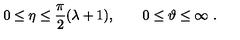
0 \le \eta \le \frac { \pi } { 2 } ( \lambda + 1 ) , \qquad 0 \le \vartheta \le \infty \ .